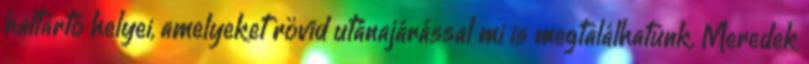
haltartó helyei, amelyeket rövid utánajárással mi is megtalálhatunk. Meredek